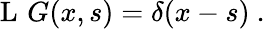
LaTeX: \operatorname{L}\, G(x,s)=\delta(x-s)~.